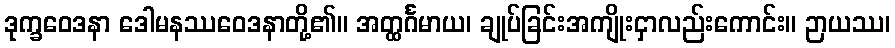
ဒုက္ခဝေဒနာ ဒေါမနဿဝေဒနာတို့၏။ အတ္ထင်္ဂမာယ၊ ချုပ်ခြင်းအကျိုးငှာလည်းကောင်း။ ဉာယဿ၊